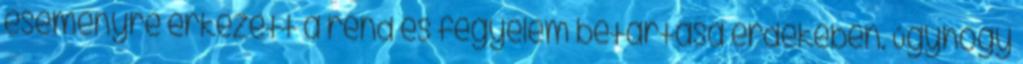
eseményre érkezett a rend és fegyelem betartása érdekében. Úgyhogy